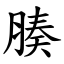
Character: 腠